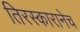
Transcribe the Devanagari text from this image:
तिरस्कारानेच